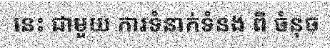
នេះ ជាមួយ ការទំនាក់ទំនង ពី ចំនុច